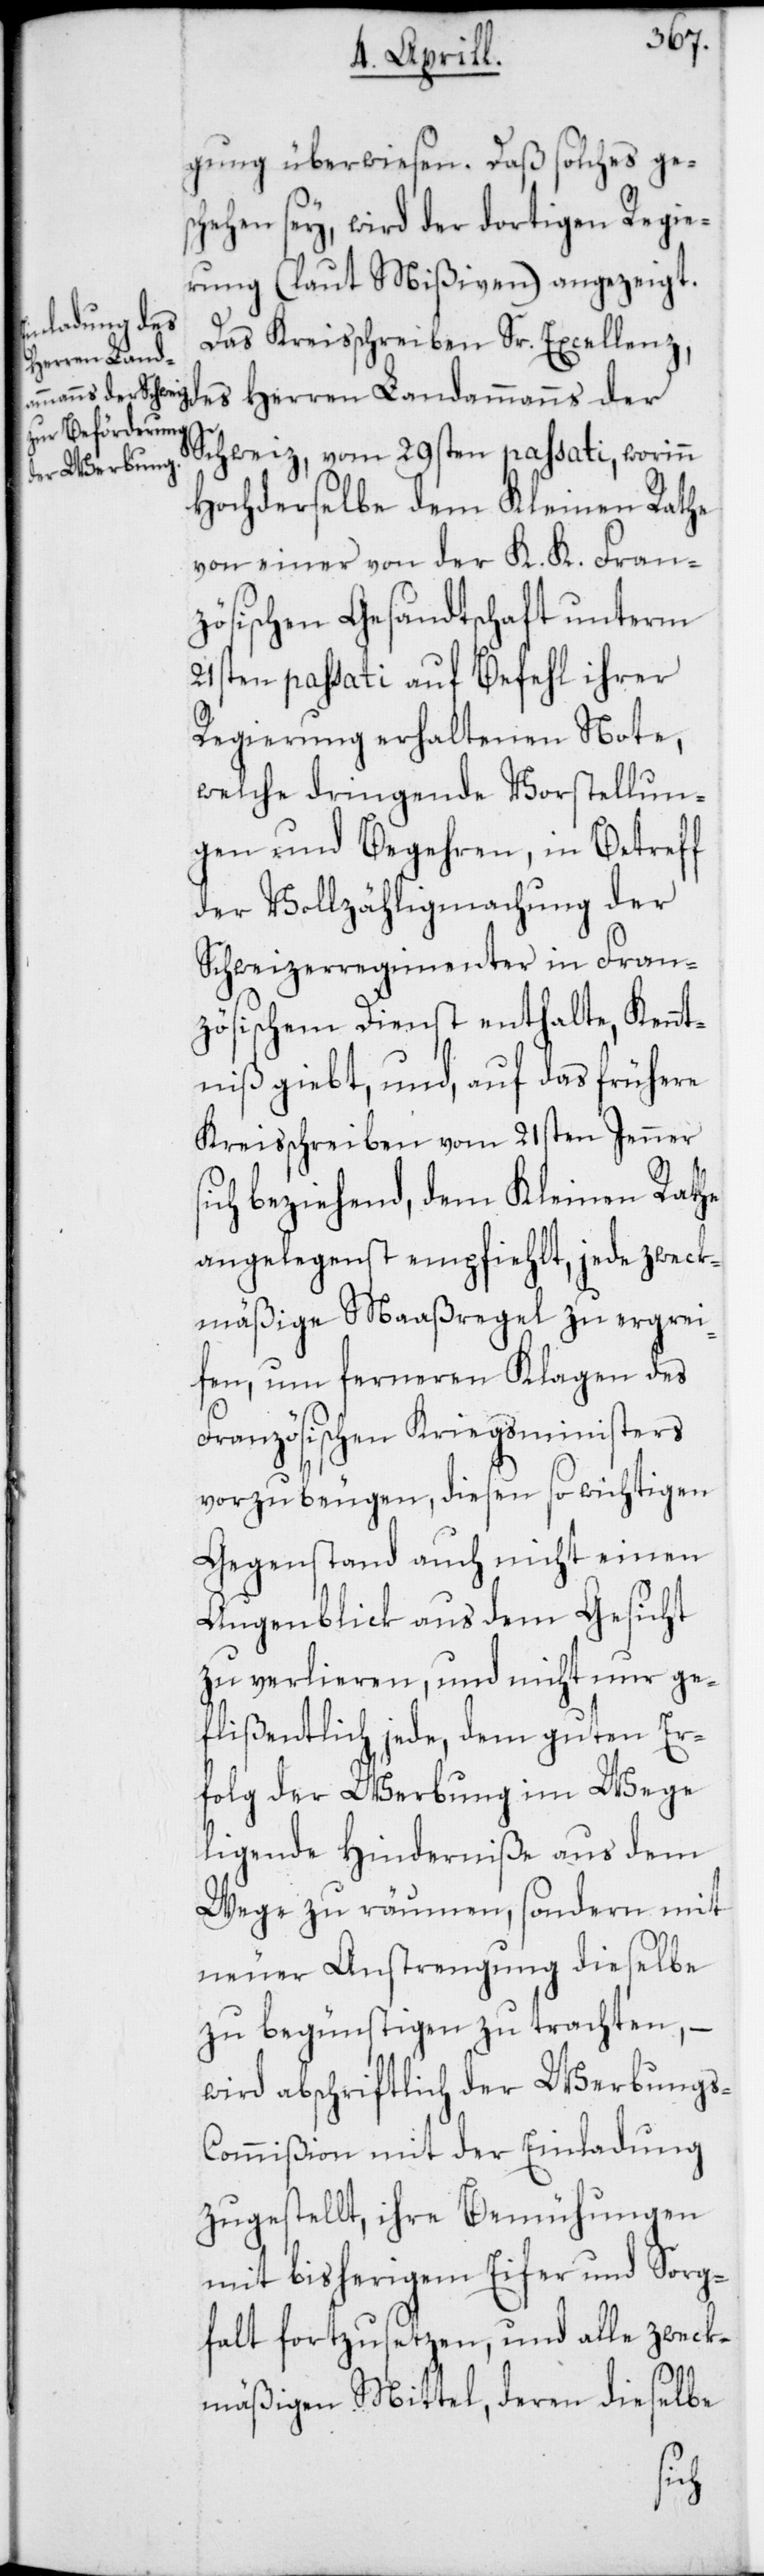
gung überwiesen. Daß solches ges¬
chehen sey, wird der dortigen Regie¬
rung (laut Mißiven) angezeigt.
Das Kreisschreiben Sr. Excellenz,
des Herren Landammanns der
Schweiz, vom 29sten passati, worinn
Hochderselbe dem Kleinen Rathe
von einer von den K. K. Fran¬
zösischen Gesandtschaft unterm
21sten passati auf Befehl ihrer
Regierung erhaltenen Note,
welche dringende Vorstellun¬
gen und Begehren, in Betreff
der Vollzähligmachung der
Schweizerregimenter in Fran¬
zösischem Dienst enthalte, Kennt¬
niß giebt, und, auf das frühere
Kreisschreiben vom 21sten Jenner
ch beziehend, dem Kleinen Rathe
angelegenst empfiehlt, jede zweck¬
mäßige Maaßregel zu ergrei¬
fen, um ferneren Klagen des
Französischen Kriegsministers
vorzubeugen, diesen so wichtigen
Gegenstand auch nicht einen
Augenblick aus dem Gesicht
zu verlieren, und nicht nur ge¬
flißentlich jede, dem guten Er¬
folg der Werbung im Wege
ligende Hinderniße aus dem
Wege zu räumen, sondern mit
neuer Anstrengung dieselbe
zu begünstigen zu trachten, –
wird abschriftlich der Werbung¬
ommißion mit der Einladung
zugestellt, ihre Bemühungen
mit bisherigem Eifer und Sorg¬
falt fortzusetzen, und alle zweck¬
mäßigen Mittel, deren dieselbe
s-C¬